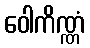
ဝေါကိဏ္ဏံ